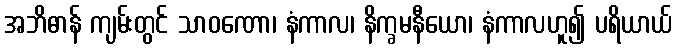
အဘိဓာန် ကျမ်းတွင် သာဝဏော၊ နံကာလ၊ နိက္ခမနီယော၊ နံကာလဟူ၍ ပရိယာယ်